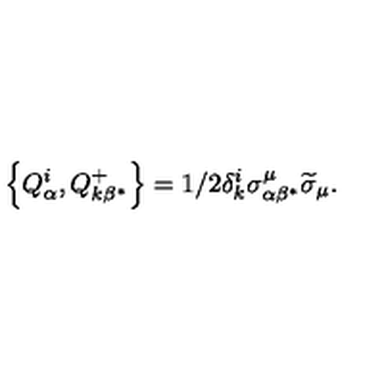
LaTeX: \left\{ Q _ { \alpha } ^ { i } , Q _ { k \beta ^ { * } } ^ { + } \right\} = 1 / 2 \delta _ { k } ^ { i } \sigma _ { \alpha \beta ^ { * } } ^ { \mu } \widetilde { \sigma } _ { \mu } .